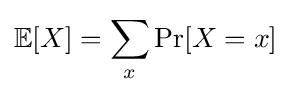
\mathbb {E} [X]=\sum _{x}\Pr[X=x]